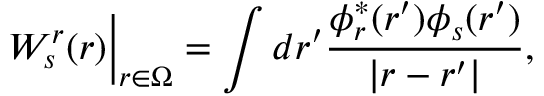
W _ { s } ^ { r } ( \boldsymbol { r } ) \Big | _ { \boldsymbol { r } \in \Omega } = \int d \boldsymbol { r } ^ { \prime } \frac { \phi _ { r } ^ { * } ( \boldsymbol { r } ^ { \prime } ) \phi _ { s } ( \boldsymbol { r } ^ { \prime } ) } { | \boldsymbol { r } - \boldsymbol { r } ^ { \prime } | } ,